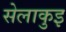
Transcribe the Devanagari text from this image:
सेलाकुइ